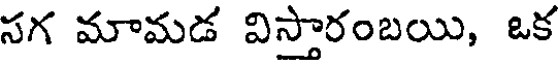
సగ మామడ విస్తారంబయి, ఒక